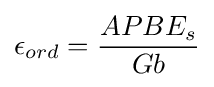
\epsilon _{ord}={\frac {APBE_{s}}{Gb}}